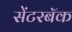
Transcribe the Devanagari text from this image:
सेंटरबॅक